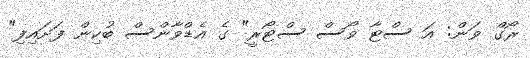
ރޯގް ވަން: އަ ސްޓާ ވޯސް ސްޓޯރީ" ގެ އެޑްވާންސް ބުކިން ފަށައިފި"